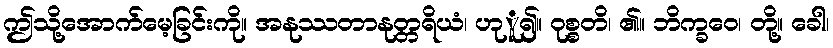
ဤသို့အောက်မေ့ခြင်းကို။ အနုဿတာနုတ္တရိယံ၊ ဟုူ၍။ ဝုစ္စတိ၊ ၏။ ဘိက္ခဝေ၊ တို့။ ခေါ၊